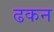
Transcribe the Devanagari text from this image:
ढकन